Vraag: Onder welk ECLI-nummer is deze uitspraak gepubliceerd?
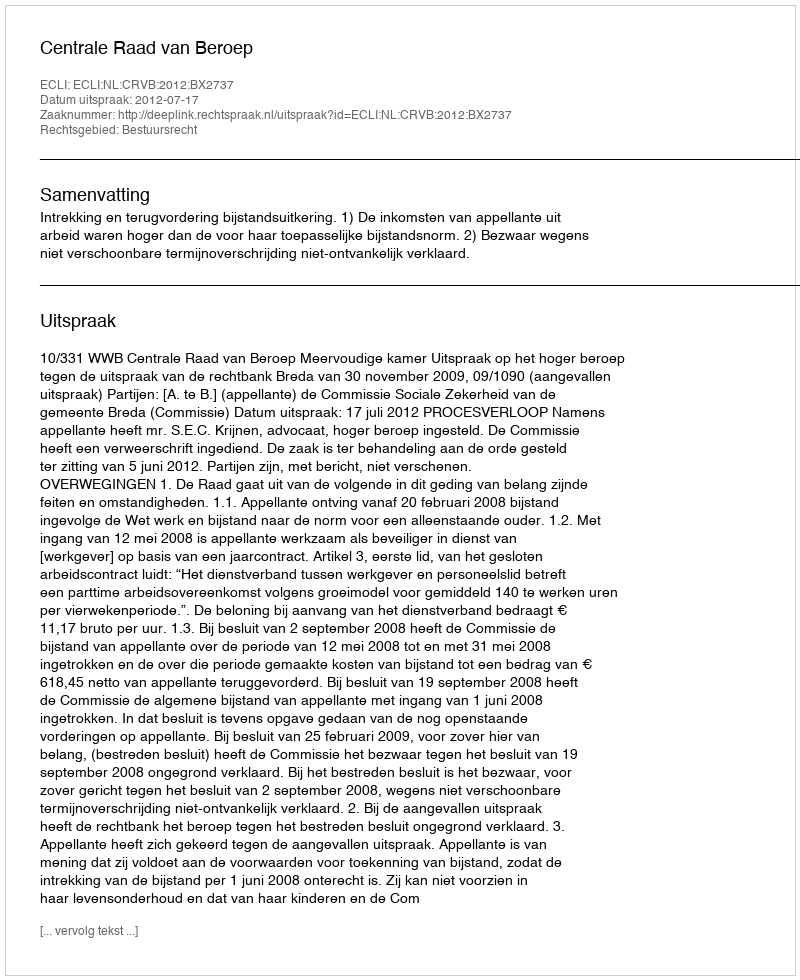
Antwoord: ECLI:NL:CRVB:2012:BX2737